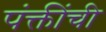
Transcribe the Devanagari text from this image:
पंक्तींची